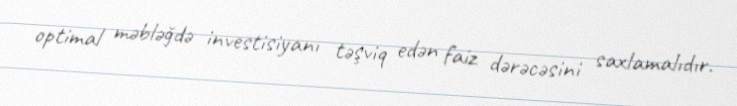
optimal məbləğdə investisiyanı təşviq edən faiz dərəcəsini saxlamalıdır.